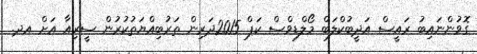
ގޮވުންނައިބު ރައީސް އަދީބުކްލަބް މޯލްޑިވްސް ކަޕް 2015ދަރިން ތަރުބިއްޔަތުކުރުން ސީރިއާ އަށް އދ.